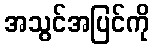
အသွင်အပြင်ကို